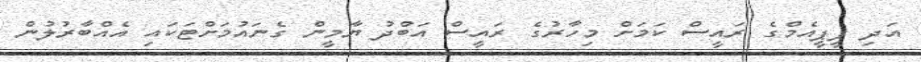
އަދި ޕީޕީއެމްގެ ރައީސް ކަމަށް މިހާރުގެ ރައީސް އަބްދު ޔާމީން ގެނައުމަށްޓަކައި އެއްބާރުލުން